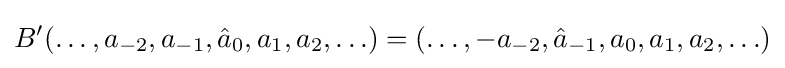
B'(\ldots ,a_{-2},a_{-1},{{\hat {a}}_{0}},a_{1},a_{2},\ldots )=(\ldots ,-a_{-2},{{\hat {a}}_{-1}},a_{0},a_{1},a_{2},\ldots )